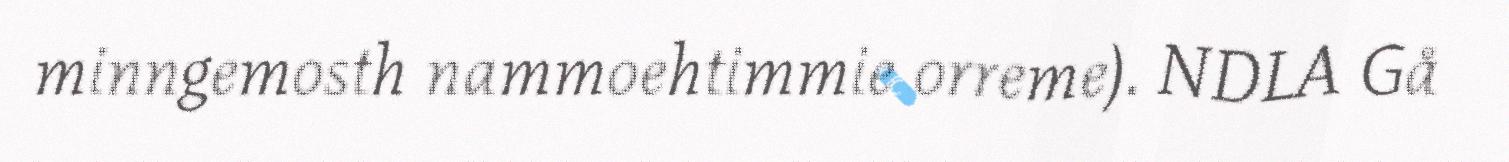
minngemosth nammoehtimmie orreme). NDLA Gå